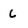
Character: c